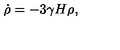
\dot { \rho } = - 3 \gamma H \rho ,